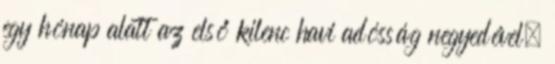
egy hónap alatt az első kilenc havi adósság negyedével,